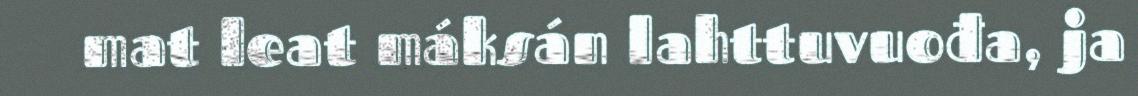
mat leat máksán lahttuvuođa, ja